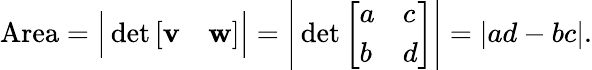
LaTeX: {\mathrm{Area}}={\Bigl|}\operatorname*{det}{\left[\begin{array}{ll}{{\mathbf{v}}}&{{\mathbf{w}}}\end{array}\right]}{\Bigr|}={\Biggl|}\operatorname*{det}{\left[\begin{array}{ll}{a}&{c}\\ {b}&{d}\end{array}\right]}{\Biggr|}=\left|ad-bc\right|.